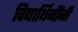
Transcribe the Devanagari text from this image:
विद्यार्थिनींनी